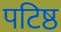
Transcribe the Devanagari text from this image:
पटिष्ठ